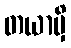
တယာမှိ